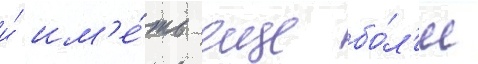
и́ им'е́ть еще бо́л'ее